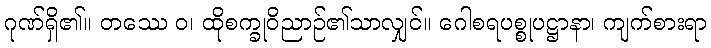
ဂုဏ်ရှိ၏။ တဿေ ဝ၊ ထိုစက္ခုဝိညာဉ်၏သာလျှင်။ ဂေါစရပစ္စုပဋ္ဌာနာ၊ ကျက်စားရာ